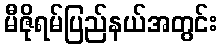
မီဇိုရမ်ပြည်နယ်အတွင်း